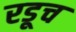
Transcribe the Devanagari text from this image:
रडूच